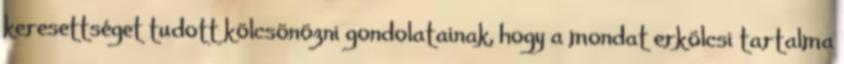
keresettséget tudott kölcsönözni gondolatainak, hogy a mondat erkölcsi tartalma